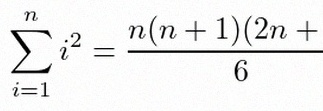
\sum_{i=1}^{n}i^2=\frac{n(n+1)(2n+1)}6